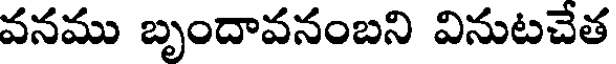
వనము బృందావనంబని వినుటచేత